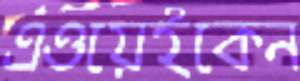
এওয়েইকেন